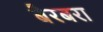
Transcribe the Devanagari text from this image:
बैरबरा